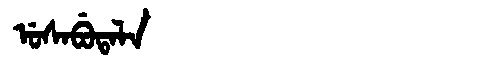
Manchu: ᡠᠰᠠᠪᡠᡨᠠᠯᠠ
Romanization: USABUTALA